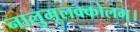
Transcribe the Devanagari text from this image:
नालुमूलक्कोलम्।